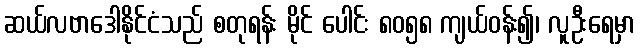
ဆယ်လဗာဒေါနိုင်ငံသည် စတုရန်း မိုင် ပေါင်း ၈၀၅၈ ကျယ်ဝန်း၍၊ လူဦးရေမှာ